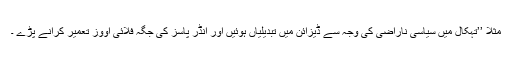
مثلاً ’’تہکال میں سیاسی ناراضی کی وجہ سے ڈیزائن میں تبدیلیاں ہوئیں اور انڈر پاسز کی جگہ فلائی اووز تعمیر کرانے پڑے ۔